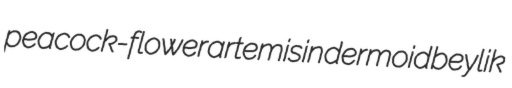
peacock-flower artemisin dermoid beylik